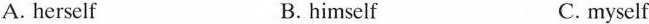
A. herself B. himself C. myself